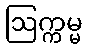
ဩက္ကမ္မ